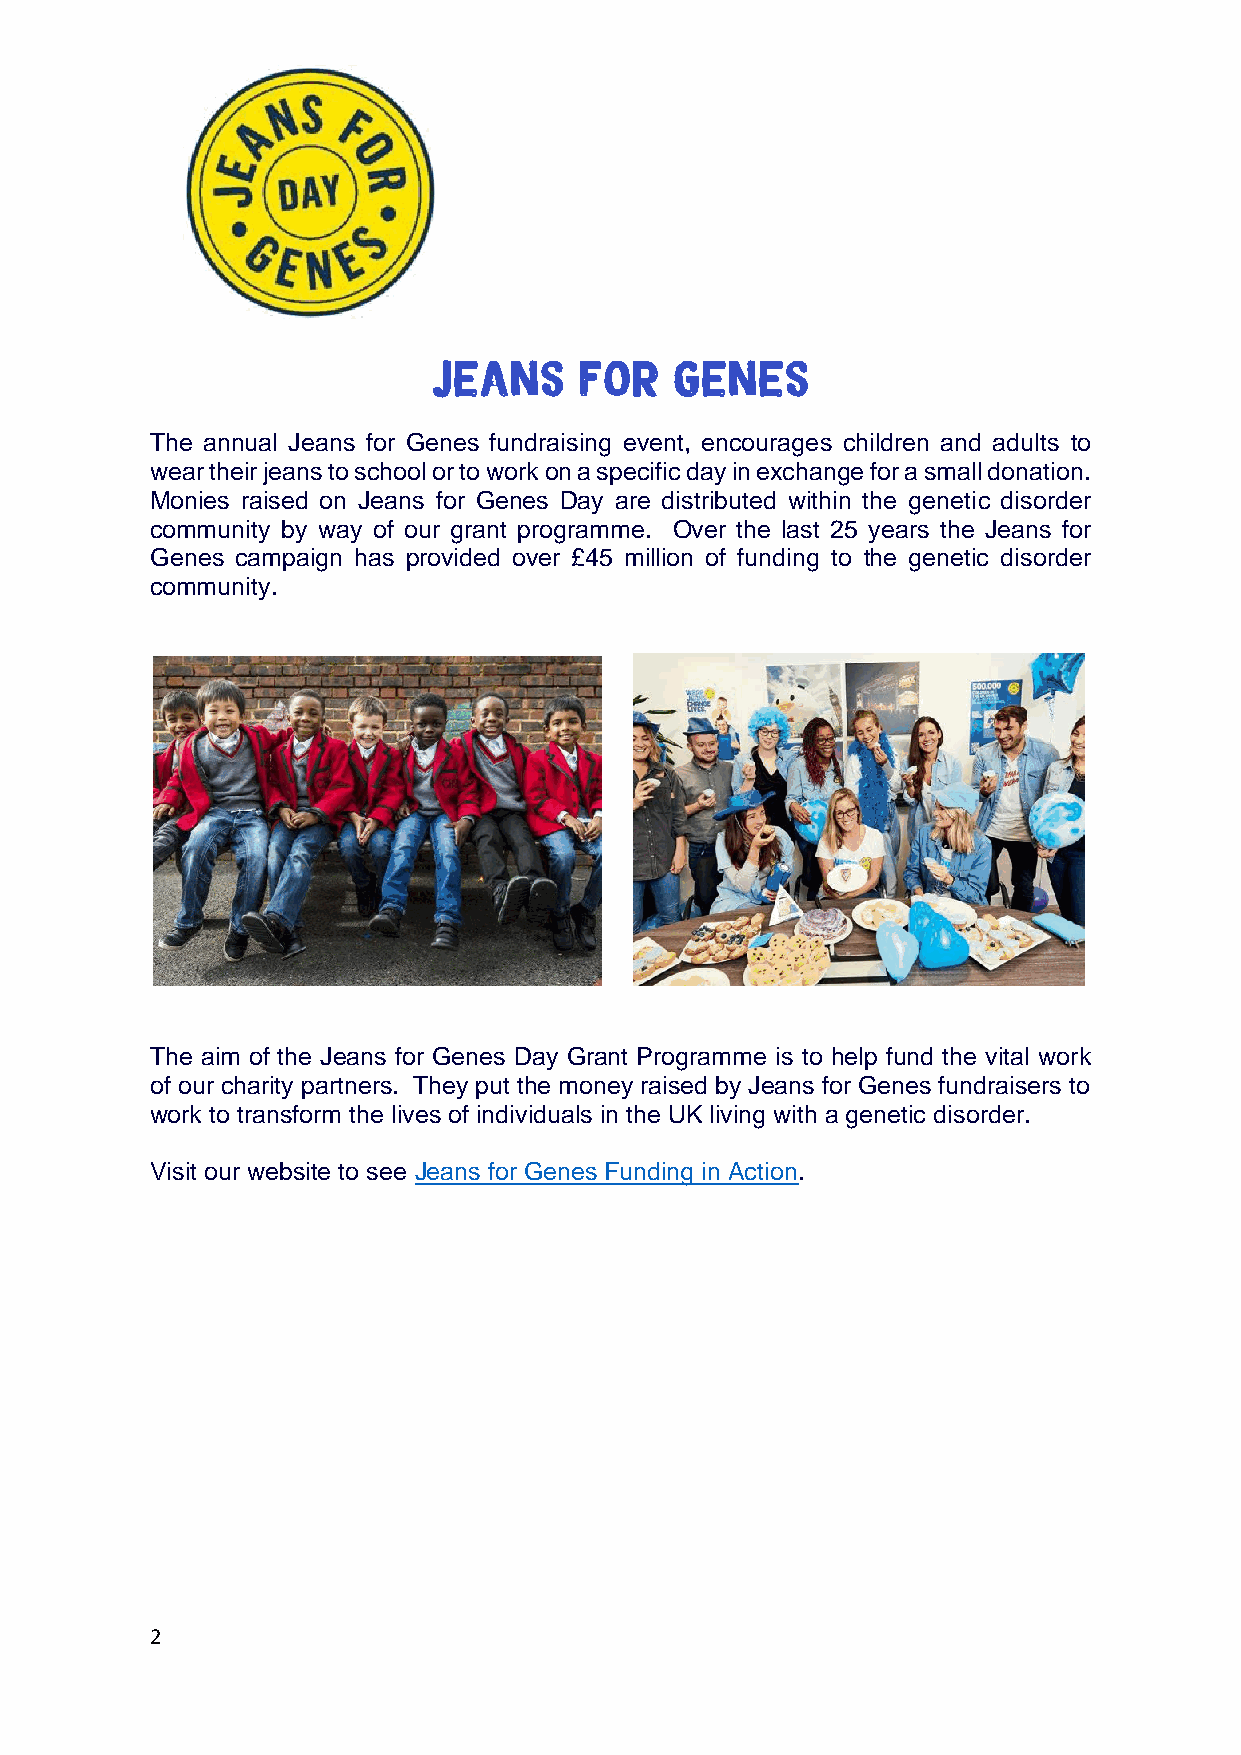
The annual Jeans for Genes fundraising event, encourages children and adults to
 wear their jeans to school or to work on a specific day in exchange for a small donation.
 Monies raised on Jeans for Genes Day are distributed within the genetic disorder
 community by way of our grant programme. Over the last 25 years the Jeans for
 Genes campaign has provided over £45 million of funding to the genetic disorder
 community.
 The aim of the Jeans for Genes Day Grant Programme is to help fund the vital work
 of our charity partners. They put the money raised by Jeans for Genes fundraisers to
 work to transform the lives of individuals in the UK living with a genetic disorder.
 Visit our website to see Jeans for Genes Funding in Action.
 2